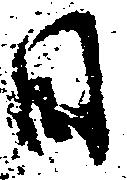
日